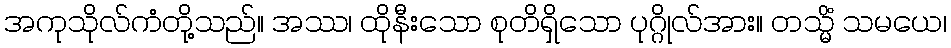
အကုသိုလ်ကံတို့သည်။ အဿ၊ ထိုနီးသော စုတိရှိသော ပုဂ္ဂိုလ်အား။ တသ္မိံ သမယေ၊